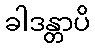
ခါဒန္တာပိ